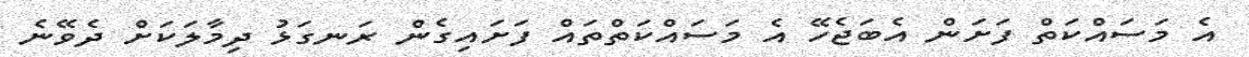
އެ މަސައްކަތް ފަށަން އެބަޖެހޭ އެ މަސައްކަތްތައް ފަށައިގެން ރަނގަޅު ދިމާލަކަށް ދެވޭނެ